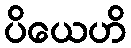
ပိယေဟိ